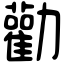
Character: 勸